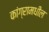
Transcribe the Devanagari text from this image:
कांग्रामधील